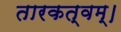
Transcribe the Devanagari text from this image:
तारकत्वम्।